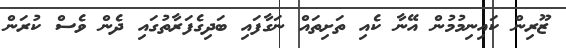
ޒޫރިން ކައިނިމުމުން އޭނާ ކެއި ތަށިތައް ނަގާފައި ބަދިގެފަރާތުގައި ދެން ވެސް ކުރަން